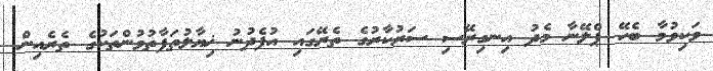
ވަކިވުމާ ބެހޭ ޕްލޭނާ މެދު އިނގިރޭސި ސަރުކާރުގެ ތެރޭގައި އުފެދުނު ޚިޔާލުތަފާތުުވުންތަކުގެ ތެރެއިން